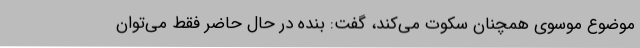
موضوع موسوی همچنان سکوت می‌کند، گفت: بنده در حال حاضر فقط می‌توان